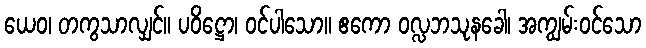
ယေဝ၊ တကွသာလျှင်။ ပဝိဋ္ဌော၊ ဝင်ပါသော။ ဧကော ဝလ္လဘသုနခေါ၊ အကျွမ်းဝင်သော